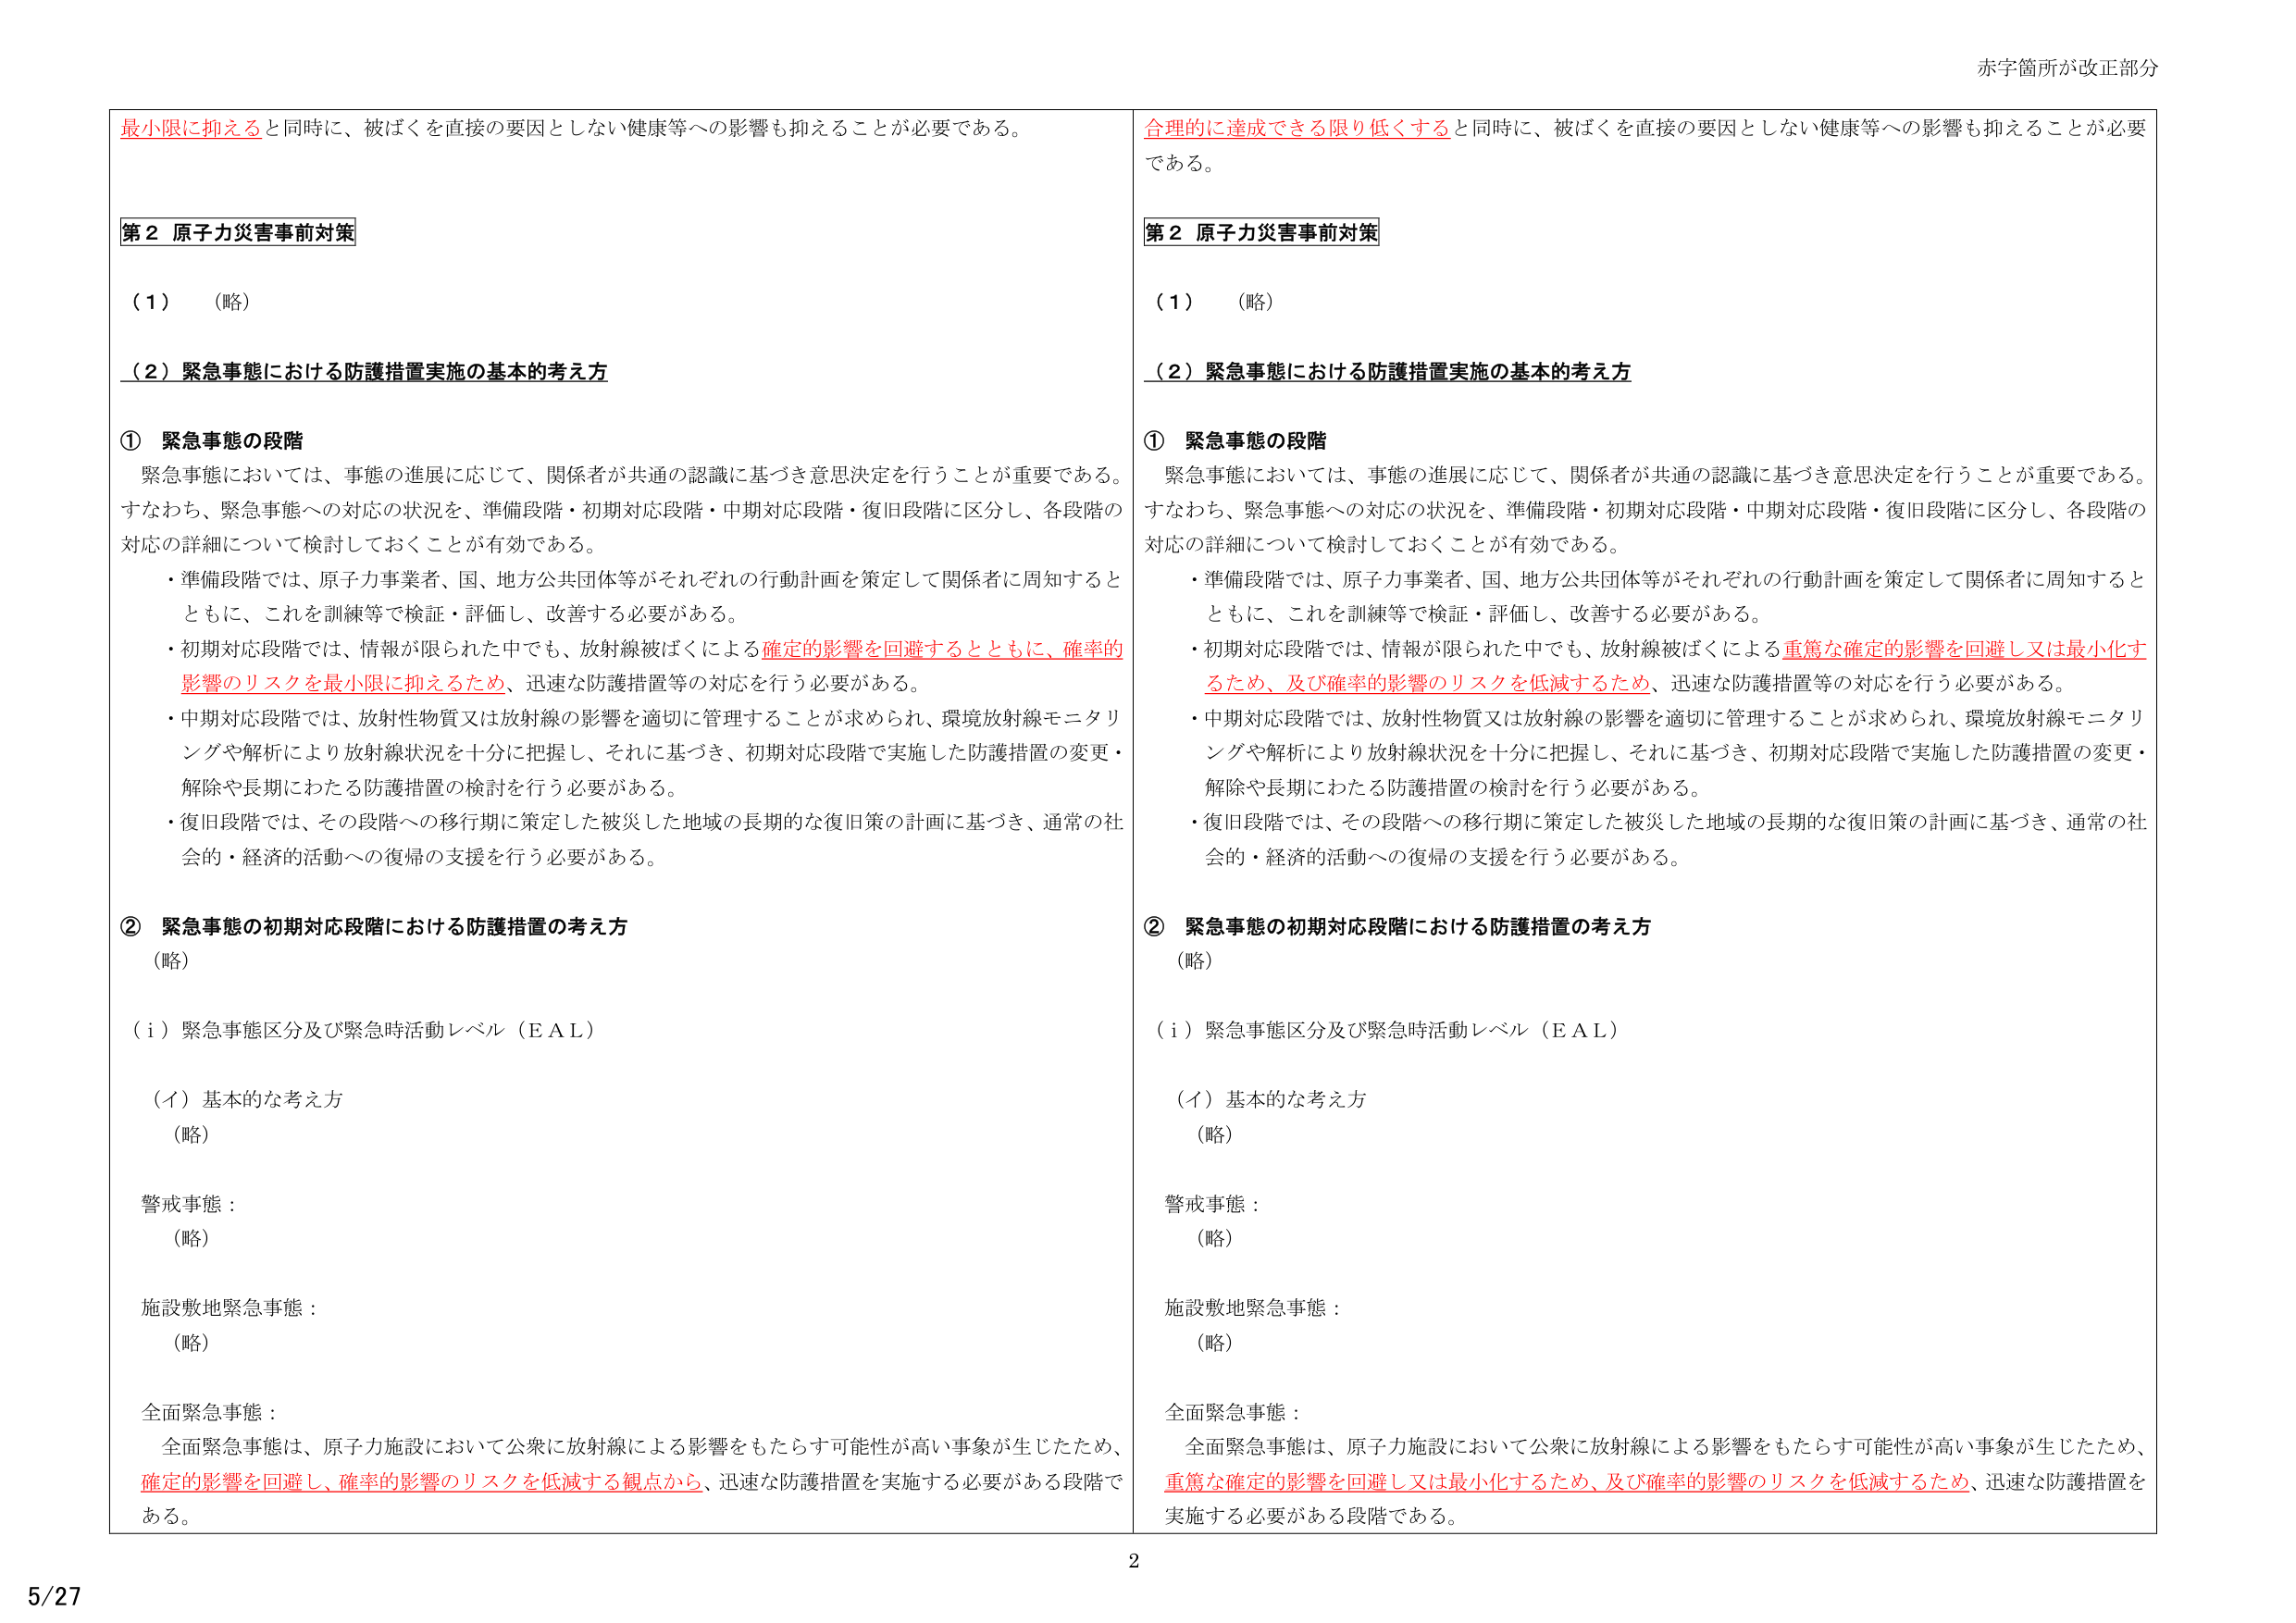
赤字箇所が改正部分

最小限に抑えると同時に、被ばくを直接の要因としない健康等への影響も抑えることが必要である。

第２ 原子力災害事前対策

（１）　（略）

（２）緊急事態における防護措置実施の基本的考え方

① 緊急事態の段階

　緊急事態においては、事態の進展に応じて、関係者が共通の認識に基づき意思決定を行うことが重要である。すなわち、緊急事態への対応の状況を、準備段階・初期対応段階・中期対応段階・復旧段階に区分し、各段階の対応の詳細について検討しておくことが有効である。

　・準備段階では、原子力事業者、国、地方公共団体等がそれぞれの行動計画を策定して関係者に周知するとともに、これを訓練等で検証・評価し、改善する必要がある。

　・初期対応段階では、情報が限られた中でも、放射線被ばくによる確定的影響を回避するとともに、確率的影響のリスクを最小限に抑えるため、迅速な防護措置等の対応を行う必要がある。

　・中期対応段階では、放射性物質又は放射線の影響を適切に管理することが求められ、環境放射線モニタリングや解析により放射線状況を十分に把握し、それに基づき、初期対応段階で実施した防護措置の変更・解除や長期にわたる防護措置の検討を行う必要がある。

　・復旧段階では、その段階への移行期に策定した被災した地域の長期的な復旧策の計画に基づき、通常の社会的・経済的活動への復帰の支援を行う必要がある。

② 緊急事態の初期対応段階における防護措置の考え方

　（略）

（ｉ）緊急事態区分及び緊急時活動レベル（ＥＡＬ）

　（イ）基本的な考え方

　　（略）

　警戒事態：

　　（略）

　施設敷地緊急事態：

　　（略）

　全面緊急事態：

　　全面緊急事態は、原子力施設において公衆に放射線による影響をもたらす可能性が高い事象が生じたため、確定的影響を回避し、確率的影響のリスクを低減する観点から、迅速な防護措置を実施する必要がある段階である。

合理的に達成できる限り低くすると同時に、被ばくを直接の要因としない健康等への影響も抑えることが必要である。

第２ 原子力災害事前対策

（１）　（略）

（２）緊急事態における防護措置実施の基本的考え方

① 緊急事態の段階

　緊急事態においては、事態の進展に応じて、関係者が共通の認識に基づき意思決定を行うことが重要である。すなわち、緊急事態への対応の状況を、準備段階・初期対応段階・中期対応段階・復旧段階に区分し、各段階の対応の詳細について検討しておくことが有効である。

　・準備段階では、原子力事業者、国、地方公共団体等がそれぞれの行動計画を策定して関係者に周知するとともに、これを訓練等で検証・評価し、改善する必要がある。

　・初期対応段階では、情報が限られた中でも、放射線被ばくによる重篤な確定的影響を回避し又は最小化するため、及び確率的影響のリスクを低減するため、迅速な防護措置等の対応を行う必要がある。

　・中期対応段階では、放射性物質又は放射線の影響を適切に管理することが求められ、環境放射線モニタリングや解析により放射線状況を十分に把握し、それに基づき、初期対応段階で実施した防護措置の変更・解除や長期にわたる防護措置の検討を行う必要がある。

　・復旧段階では、その段階への移行期に策定した被災した地域の長期的な復旧策の計画に基づき、通常の社会的・経済的活動への復帰の支援を行う必要がある。

② 緊急事態の初期対応段階における防護措置の考え方

　（略）

（ｉ）緊急事態区分及び緊急時活動レベル（ＥＡＬ）

　（イ）基本的な考え方

　　（略）

　警戒事態：

　　（略）

　施設敷地緊急事態：

　　（略）

　全面緊急事態：

　　全面緊急事態は、原子力施設において公衆に放射線による影響をもたらす可能性が高い事象が生じたため、重篤な確定的影響を回避し又は最小化するため、及び確率的影響のリスクを低減するため、迅速な防護措置を実施する必要がある段階である。

2

5/27